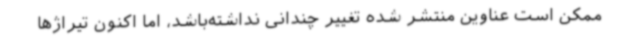
ممکن است عناوین منتشر شده تغییر چندانی نداشته‌باشد، اما اکنون تیراژها